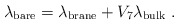
\begin{align*}\lambda_{\rm bare} =\lambda_{\rm brane} + V_7 \lambda_{\rm bulk}\ .\end{align*}